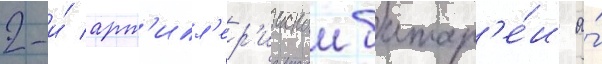
2-и́ арт'илл'ер'иискои батар'е́и а́